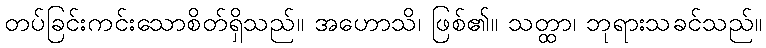
တပ်ခြင်းကင်းသောစိတ်ရှိသည်။ အဟောသိ၊ ဖြစ်၏။ သတ္ထာ၊ ဘုရားသခင်သည်။